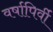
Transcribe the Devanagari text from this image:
वर्षापिर्वी